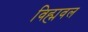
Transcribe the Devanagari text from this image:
विह्मवल